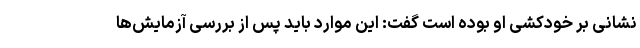
نشانی بر خودکشی او بوده است گفت: این موارد باید پس از بررسی آزمایش‌ها